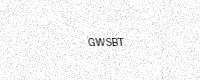
Text: GWSBT